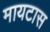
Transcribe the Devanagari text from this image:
मायटास